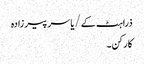
ذراہٹ کے/یاسر پیر زادہ
کارکن۔